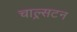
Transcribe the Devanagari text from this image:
चाल्र्सटन